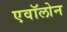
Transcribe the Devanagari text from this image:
एवॉलोन